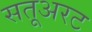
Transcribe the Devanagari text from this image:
सतूअरट